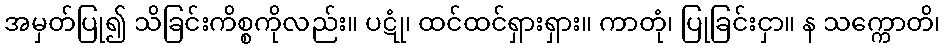
အမှတ်ပြု၍ သိခြင်းကိစ္စကိုလည်း။ ပဋုံ၊ ထင်ထင်ရှားရှား။ ကာတုံ၊ ပြုခြင်းငှာ။ န သက္ကောတိ၊